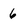
Character: 6